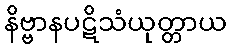
နိဗ္ဗာနပဋိသံယုတ္တာယ